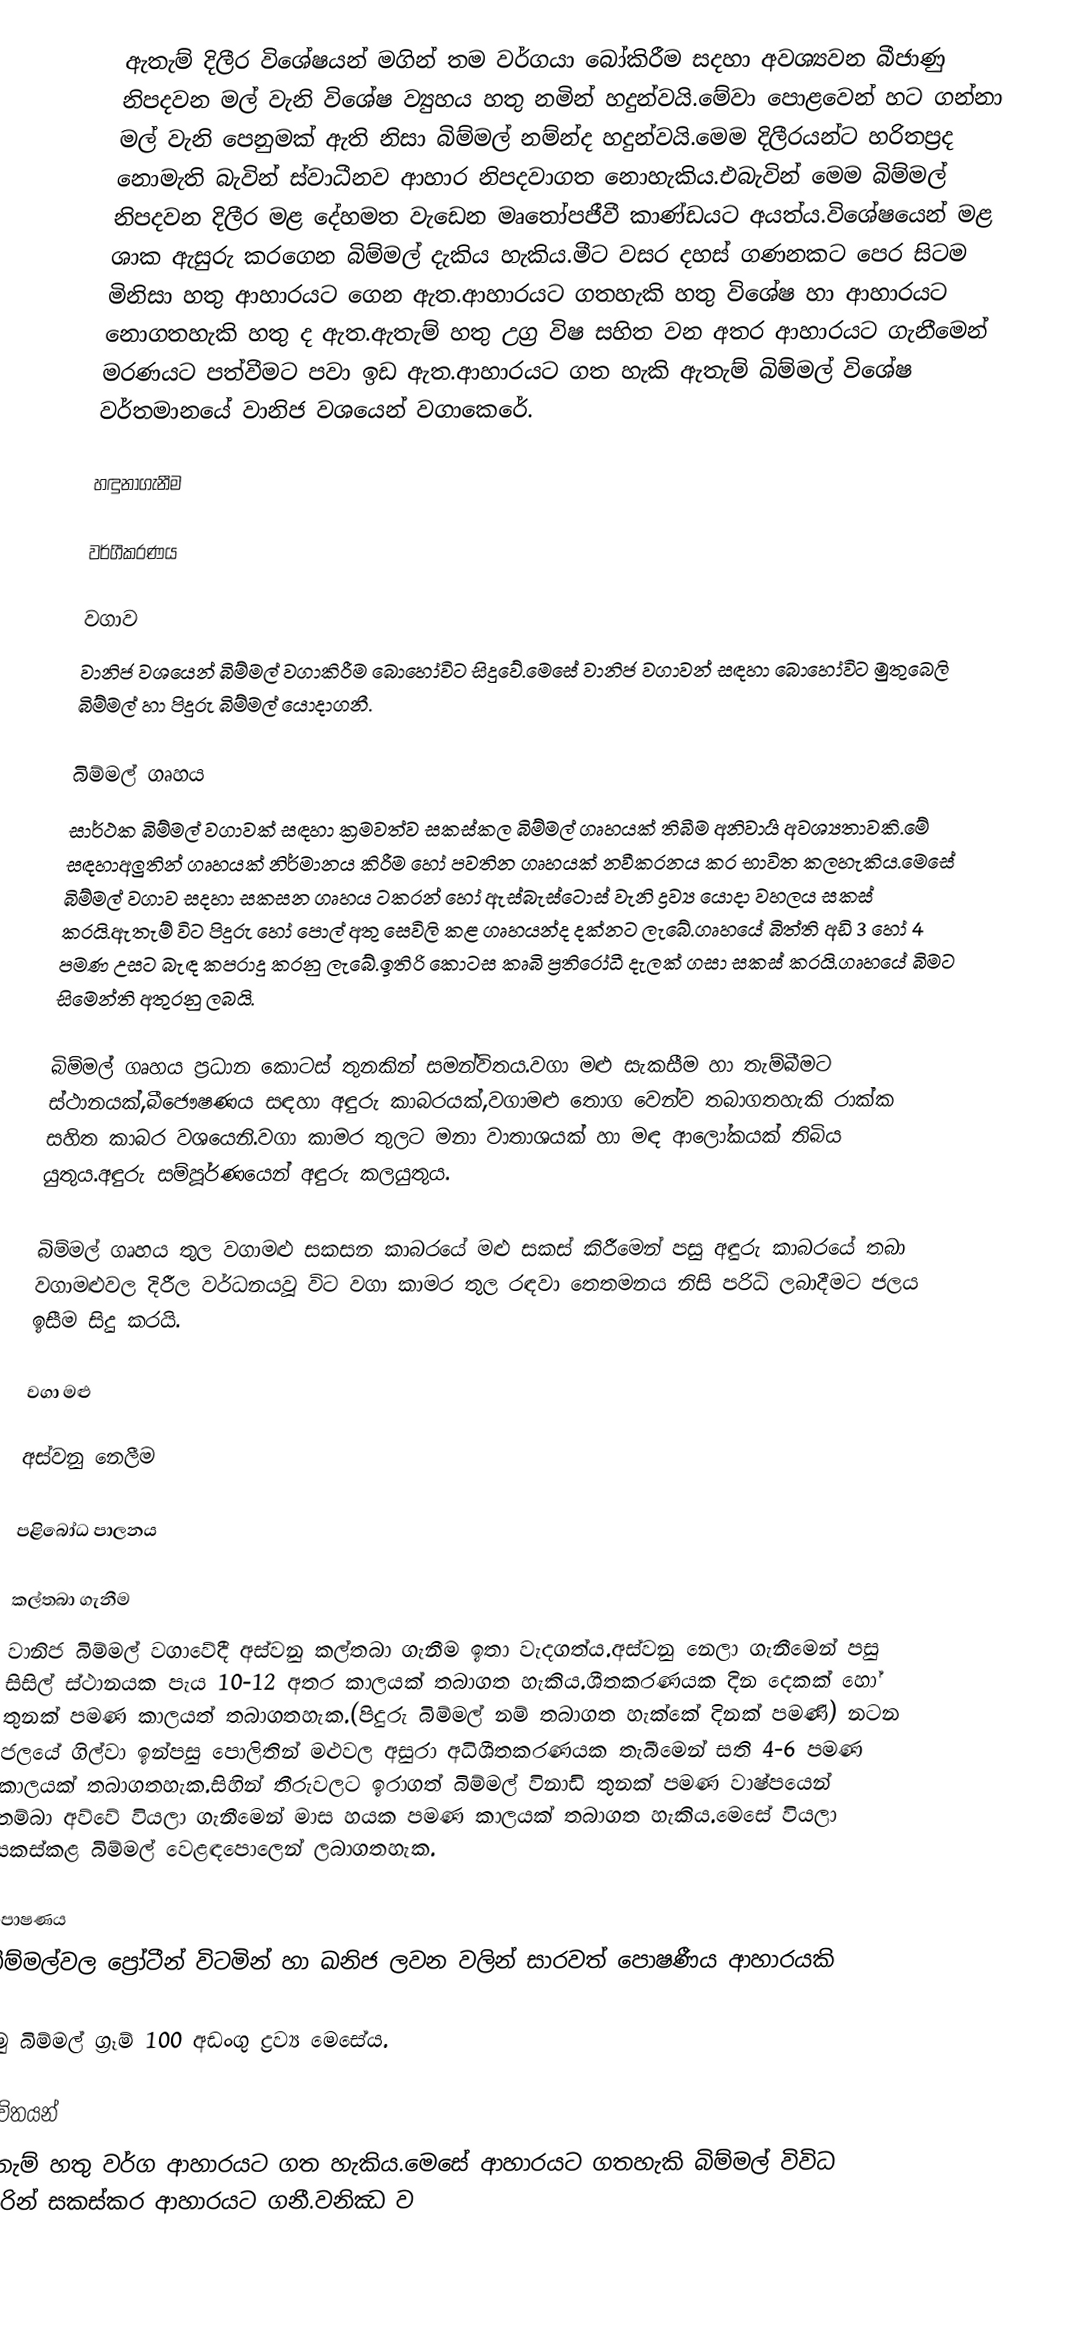
ඇතැම් දිලීර විශේෂයන් මගින් තම වර්ගයා බෝකිරීම සදහා අවශ්‍යවන බීජාණු නිපදවන මල් වැනි විශේෂ ව්‍යුහය හතු නමින් හදුන්වයි.මේවා පොළවෙන් හට ගන්නා මල් වැනි පෙනුමක් ඇති නිසා බිම්මල් නම්න්ද හදුන්වයි.මෙම දිලීරයන්ට හරිතප්‍රද නොමැති බැවින් ස්වාධීනව ආහාර නිපදවාගත නොහැකිය.එබැවින් මෙම බිම්මල් නිපදවන දිලීර මළ දේහමත වැඩෙන මෘතෝපජීවී කාණ්ඩයට අයත්ය.විශේෂයෙන් මළ ශාක ඇසුරු කරගෙන බිම්මල් දැකිය හැකිය.මීට වසර දහස් ගණනකට පෙර සිටම මිනිසා හතු ආහාරයට ගෙන ඇත.ආහාරයට ගතහැකි හතු විශේෂ හා ආහාරයට නොගතහැකි හතු ද ඇත.ඇතැම් හතු උග්‍ර විෂ සහිත වන අතර ආහාරයට ගැනීමෙන් මරණයට පත්වීමට පවා ඉඩ ඇත.ආහාරයට ගත හැකි ඇතැම් බිම්මල් විශේෂ වර්තමානයේ වානිජ වශයෙන් වගාකෙරේ.

හඳුනාගැනීම

වර්ගීකරණය

වගාව
වානිජ වශයෙන් බිම්මල් වගාකිරීම බොහෝවිට සිදුවේ.මෙසේ වානිජ වගාවන් සඳහා බොහෝවිට මුතුබෙලි බිම්මල් හා පිදුරු බිම්මල් යොදාගනී.

බිම්මල් ගෘහය
සාර්ථක බිම්මල් වගාවක් සඳහා ක්‍රමවත්ව සකස්කල බිම්මල් ගෘහයක් තිබීම අනිවාර්‍ය අවශ්‍යතාවකි.මේ සඳහාඅලුතින් ගෘහයක් නිර්මානය කිරීම හෝ පවතින ගෘහයක් නවීකරනය කර භාවිත කලහැකිය.මෙසේ බිම්මල් වගාව සදහා සකසන ගෘහය ටකරන් හෝ ඇස්බැස්ටොස් වැනි ද්‍රව්‍ය යොදා වහලය සකස් කරයි.ඇතැම් විට පිදුරු හෝ පොල් අතු සෙවිලි කළ ගෘහයන්ද දක්නට ලැබේ.ගෘහයේ බිත්ති අඩි 3 හෝ 4 පමණ උසට බැඳ කපරාදු කරනු ලැබේ.ඉතිරි කොටස කෘබි ප්‍රතිරෝධී දැලක් ගසා සකස් කරයි.ගෘහයේ බිමට සිමෙන්ති අතුරනු ලබයි.

බිම්මල් ගෘහය ප්‍රධාන කොටස් තුනකින් සමන්විතය.වගා මළු සැකසීම හා තැම්බීමට ස්ථානයක්,බීජෞෂණය සඳහා අඳුරු කාබරයක්,වගාමළු තොග වෙන්ව තබාගතහැකි රාක්ක සහිත කාබර වශයෙනි.වගා කාමර තුලට මනා වාතාශයක් හා මඳ ආලෝකයක් තිබිය යුතුය.අඳුරු සම්පූර්ණයෙන් අඳුරු කලයුතුය.

බිම්මල් ගෘහය තුල වගාමළු සකසන කාබරයේ මළු සකස් කිරීමෙන් පසු අඳුරු කාබරයේ තබා වගාමළුවල දිරීල වර්ධනයවූ විට වගා කාමර තුල රඳවා තෙතමනය නිසි පරිධි ලබාදීමට ජලය ඉසීම සිදු කරයි.

වගා මළු

අස්වනු නෙලීම

පළිබෝධ පාලනය

කල්තබා ගැනීම
වානිජ බිම්මල් වගාවේදී අස්වනු කල්තබා ගැනීම ඉතා වැදගත්ය.අස්වනු නෙලා ගැනීමෙන් පසු සිසිල් ස්ථානයක පැය 10-12 අතර කාලයක් තබාගත හැකිය.ශීතකරණයක දින දෙකක් හෝ තුනක් පමණ කාලයත් තබාගතහැක.(පිදුරු බිම්මල් නම් තබාගත හැක්කේ දිනක් පමණි) නටන ජලයේ ගිල්වා ඉන්පසු පොලිතින් මළුවල අසුරා අධිශීතකරණයක තැබීමෙන් සති 4-6 පමණ කාලයක් තබාගතහැක.සිහින් තීරුවලට ඉරාගත් බිම්මල් විනාඩි තුනක් පමණ වාෂ්පයෙන් තම්බා අව්වේ වියලා ගැනීමෙන් මාස හයක පමණ කාලයක් තබාගත හැකිය.මෙසේ වියලා සකස්කළ බිම්මල් වෙළඳපොලෙන් ලබාගතහැක.

පොෂණය
බිම්මල්වල ප්‍රෝටීන් විටමින් හා ඛනිජ ලවන වලින් සාරවත් පොෂණීය ආහාරයකි

අමු බිම්මල් ග්‍රෑම් 100 අඩංගු ද්‍රව්‍ය මෙසේය.

භාවිතයන්
ඇතැම් හතු වර්ග ආහාරයට ගත හැකිය.මෙසේ ආහාරයට ගතහැකි බිම්මල් විවිධ අයුරින් සකස්කර ආහාරයට ගනී.වනිඣ ව